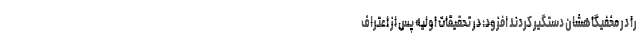
را در مخفیگاهشان دستگیر کردند افزود: در تحقیقات اولیه پس از اعتراف